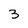
Character: 3